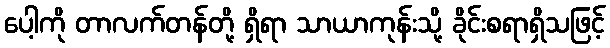
ပေါ့ကို တာလက်တန်တို့ ရှိရာ သာယာကုန်းသို့ ခိုင်းစရာရှိသဖြင့်